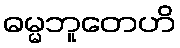
ဓမ္မဘူတေဟိ